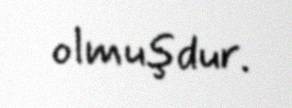
olmuşdur.